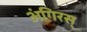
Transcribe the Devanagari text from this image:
अंगिरस्‌